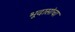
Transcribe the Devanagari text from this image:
भूदासांचा